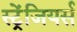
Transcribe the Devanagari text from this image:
स्ट्रेंजियर्स